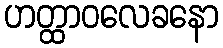
ဟတ္ထာဝလေခနော